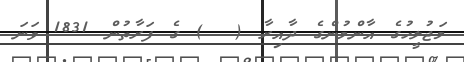
މަޖުލީހުގެ އާންމުންގެ ދާއިރާ (  ) ގެ ފަރާތުން 1831 ވަނަ